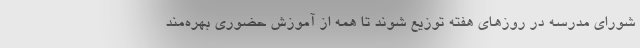
شورای مدرسه در روزهای هفته توزیع شوند تا همه از آموزش حضوری بهره‌مند